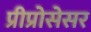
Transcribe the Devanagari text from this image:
प्रीप्रोसेसर